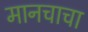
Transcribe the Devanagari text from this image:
मानचाचा